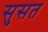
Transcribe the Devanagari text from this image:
सुसत